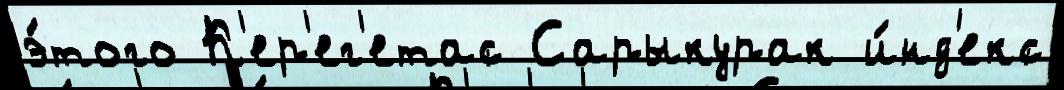
э́того К'ер'ег'етас Сарыкурак и́нд'екс